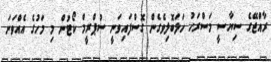
ރާއްޖޭގެ ސިޔާސީ މަސްރަހު ހަލަބޮލިވެގެން ގޮސްފައިވަނީ ސުޕްރީމް ކޯޓުން މި މަހުގެ އެއްވަނަ